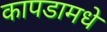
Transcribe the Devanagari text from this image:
कापडामधे